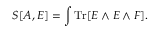
S [ A , E ] = \int \mathrm { T r } [ E \wedge E \wedge F ] .